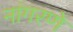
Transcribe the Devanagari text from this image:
नांगरणे